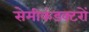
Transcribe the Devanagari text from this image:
सेमीकंडक्टरों